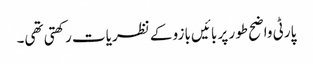
پارٹی واضح طور پر بائیں بازو کے نظریات رکھتی تھی۔